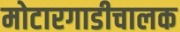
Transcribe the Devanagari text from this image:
मोटारगाडीचालक